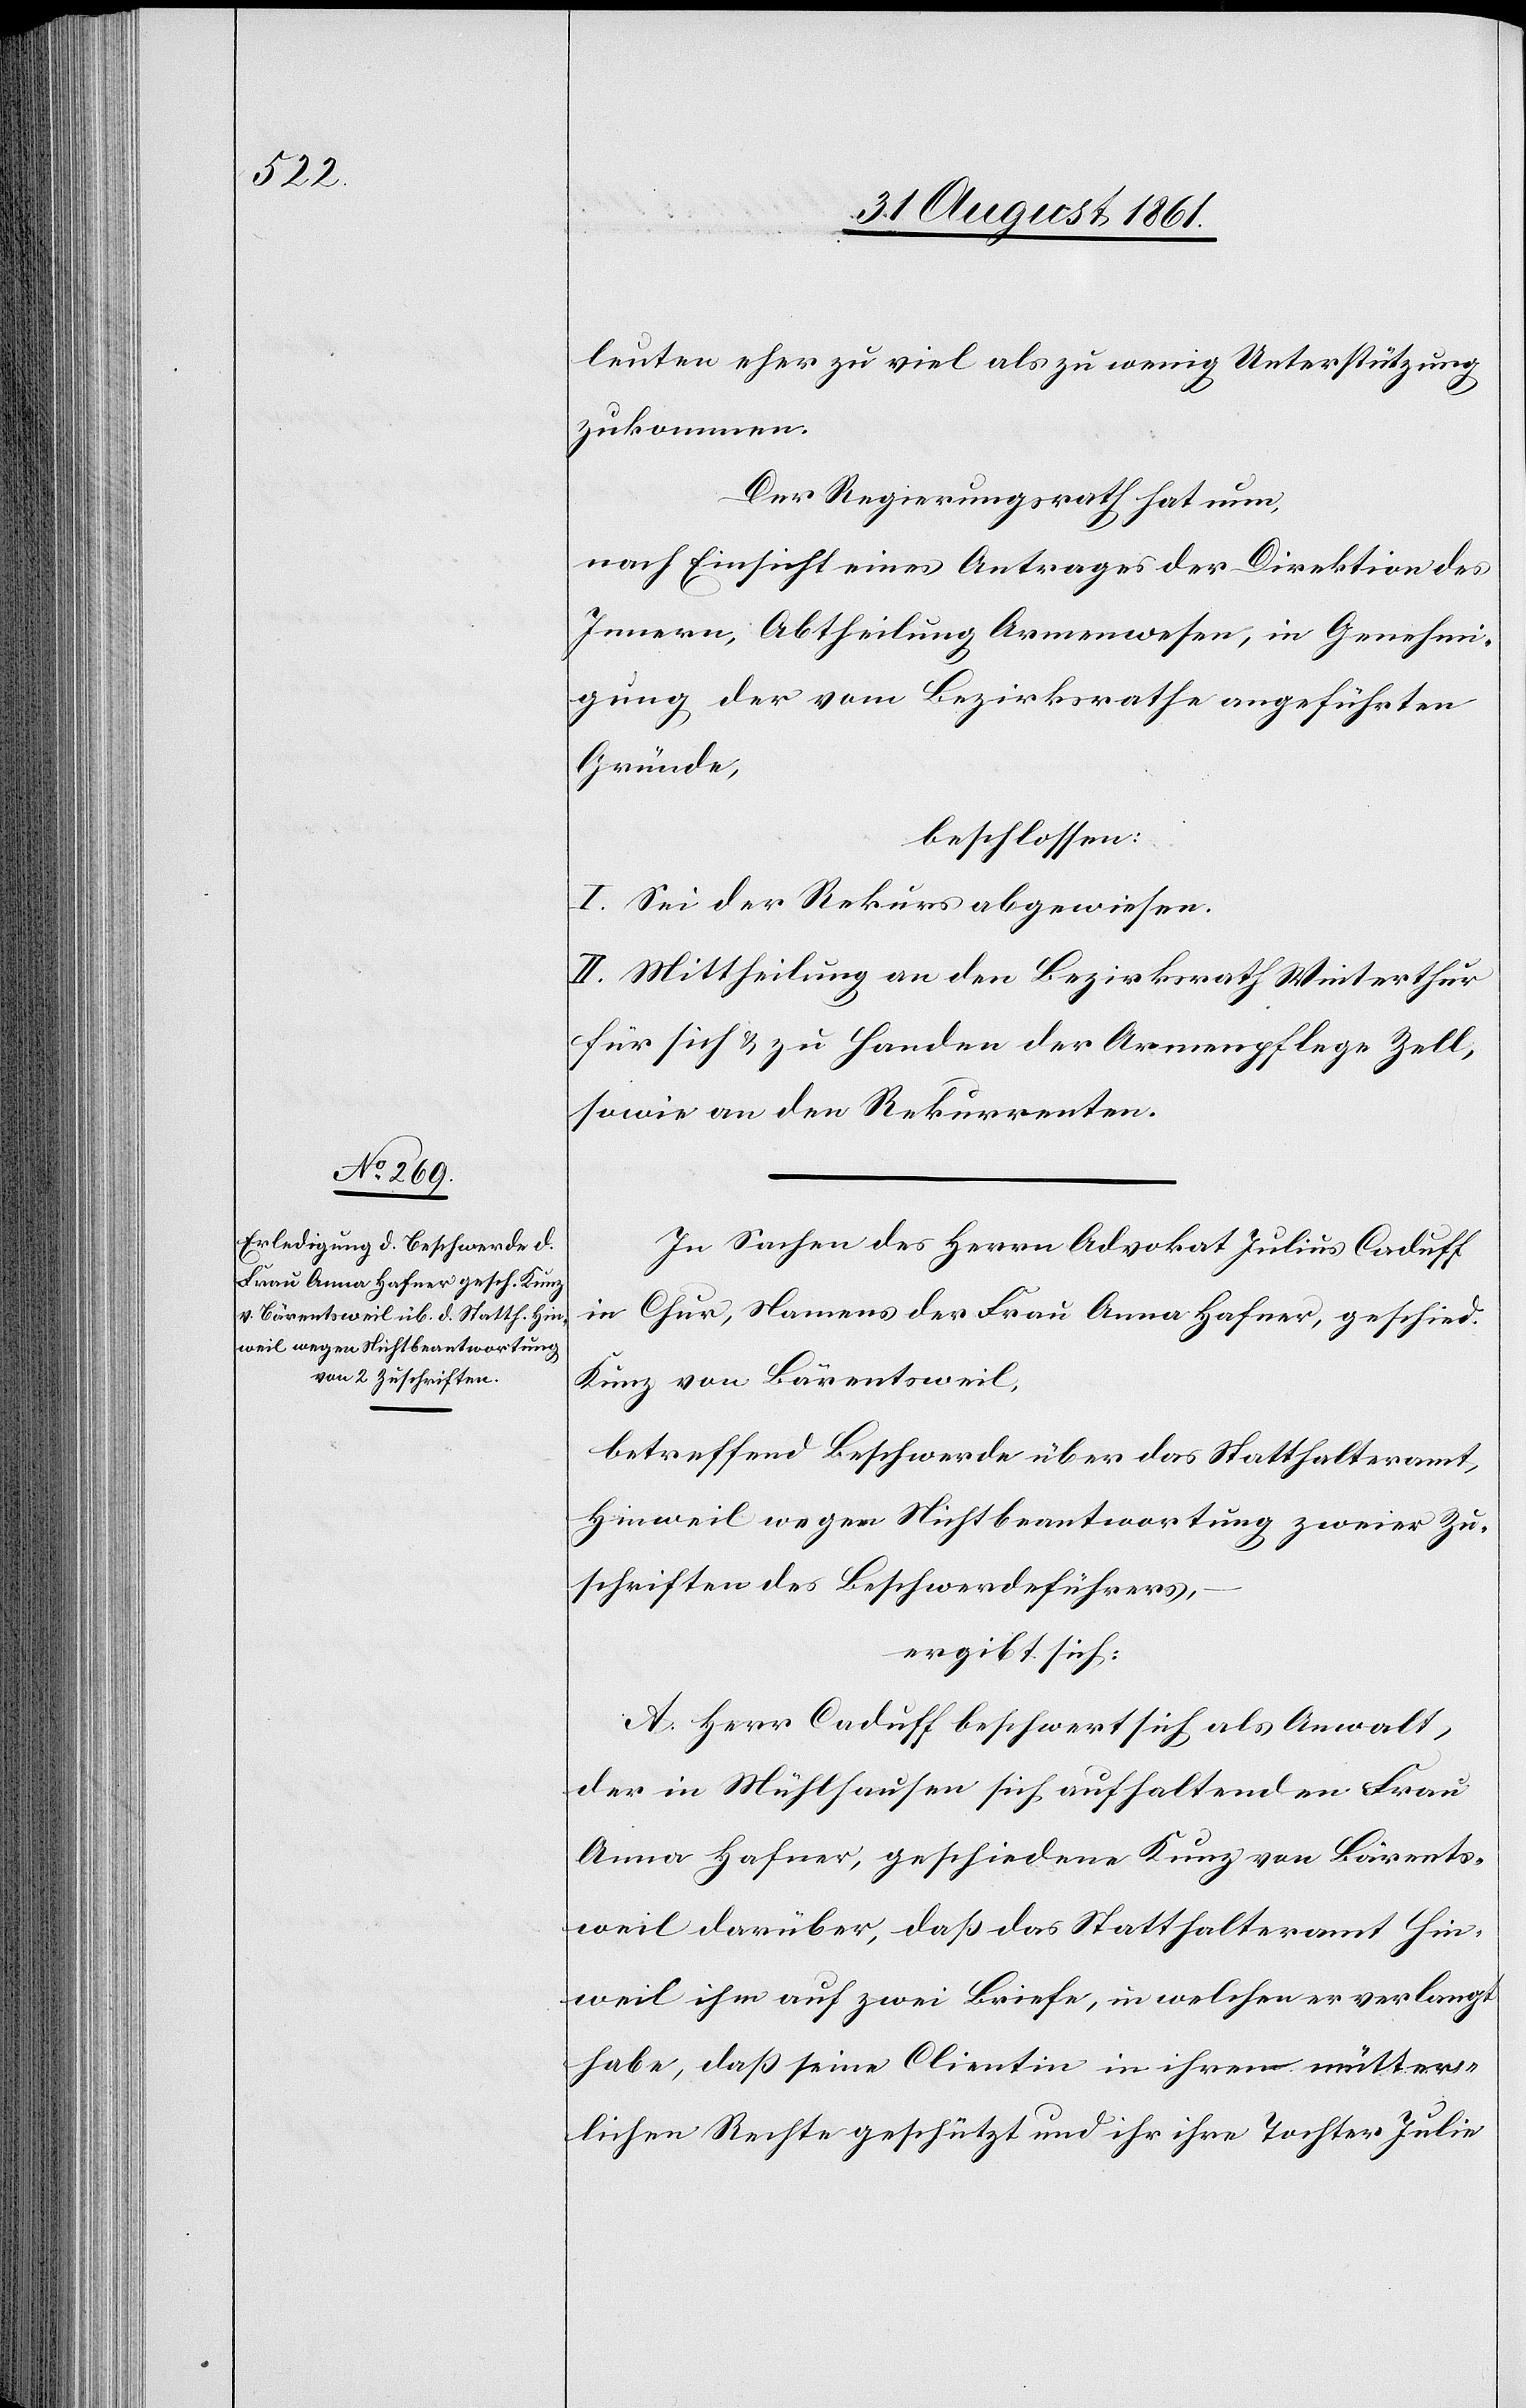
leuten eher zu viel als zu wenig Unterstützung
zukommen.
Der Regierungsrath hat nun,
nach Einsicht eines Antrages der Direktion des
Innern, Abtheilung Armenwesen, in Genehmi¬
gung der vom Bezirksrathe angeführten
Gründe,
beschlossen:
I. Sei der Rekurs abgewiesen.
II. Mittheilung an den Bezirksrath Winterthur
für sich u. zu Handen der Armenpflege Zell,
sowie an den Rekurrenten.
In Sachen des Herrn Advokat Julius Caduff
in Chur, Namens der Frau Anna Hafner, geschied.
Kunz von Bärentsweil,
betreffend Beschwerde über das Statthalteramt,
Hinweil wegen Nichtbeantwortung zweier Zu¬
schriften des Beschwerdeführers,
ergibt sich:
A. Herr Caduff beschwert sich als Anwalt,
der in Mühlhausen sich aufhaltenden Frau
Anna Hafner, geschiedene Kunz von Bärents¬
weil darüber, daß das Statthalteramt Hin¬
weil ihm auf zwei Briefe, in welchen er verlangt
habe, daß seine Clientin in ihrem mütter¬
lichen Recht geschützt und ihr ihre Tochter Julia